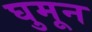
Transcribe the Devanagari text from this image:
घुमून